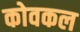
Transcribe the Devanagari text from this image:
कोवकल